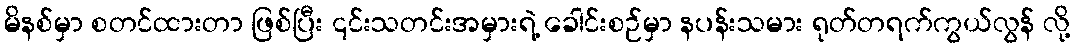
မိနစ်မှာ စတင်ထားတာ ဖြစ်ပြီး ၎င်းသတင်းအမှားရဲ့ ခေါင်းစဉ်မှာ နပန်းသမား ရုတ်တရက်ကွယ်လွန် လို့